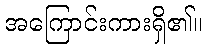
အကြောင်းကားရှိ၏။